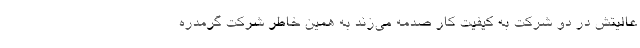
عالیتش در دو شرکت به کیفیت کار صدمه می‌زند به همین خاطر شرکت گرمدره